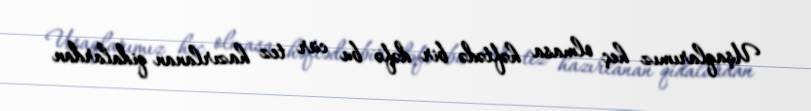
Uşaqlarımız heç olmasa həftədə bir dəfə bu cür tez hazırlanan qidalardan